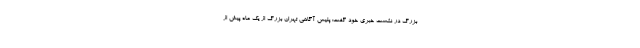
بزرگ در نشست خبری خود گفت: پلیس آگاهی تهران بزرگ از یک ماه پیش از